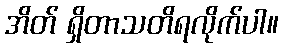
အိတ် ရှိတာသတိရလိုက်ပါ။